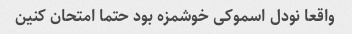
واقعا نودل اسموکی خوشمزه بود حتما امتحان کنین